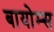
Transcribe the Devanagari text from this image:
बायोम्स